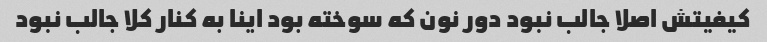
کیفیتش اصلا جالب نبود دور نون که سوخته بود اینا به کنار کلا جالب نبود